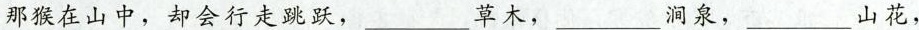
那猴在山中，却会行走跳跃，____草木，____涧泉，_____山花，